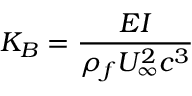
K _ { B } = \frac { E I } { \rho _ { f } U _ { \infty } ^ { 2 } c ^ { 3 } }